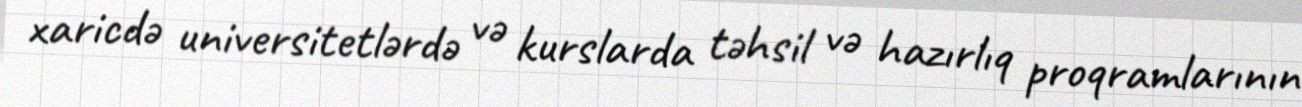
xaricdə universitetlərdə və kurslarda təhsil və hazırlıq proqramlarının